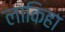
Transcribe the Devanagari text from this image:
लाकिहा